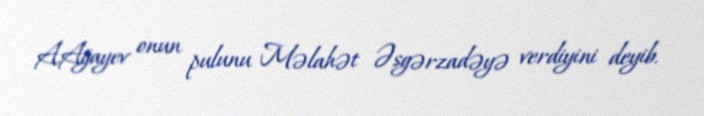
A.Ağayev onun pulunu Məlahət Əsgərzadəyə verdiyini deyib.